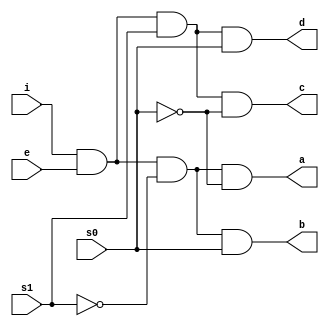
module demux(s1,s0,a,b,c,d,e,i);
	input s1,s0,e,i;
	output a,b,c,d;
	assign a =i&e&~s1&~s0;
	assign b =i&e&~s1&s0;
	assign c =i&e&s1&~s0;
	assign d =i&e&s1&s0;
endmodule